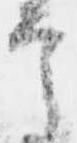
言